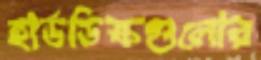
হার্ডডিস্কগুলোর